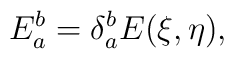
E^b_a = \delta^b_a E(\xi,\eta),